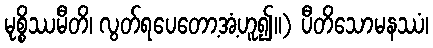
မုစ္စိဿမီတိ၊ လွတ်ရပေတော့အံ့ဟူ၍။) ပီတိသောမနဿံ၊